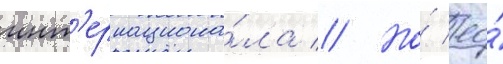
инт'ернациона́ла // Но́ ео́